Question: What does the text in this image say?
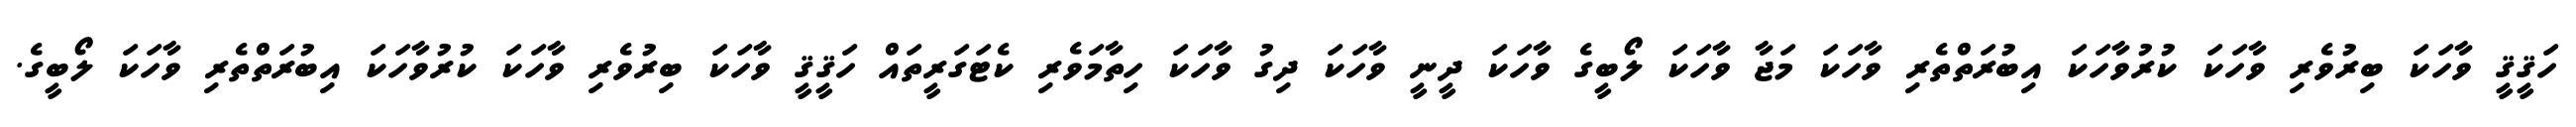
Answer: ހަޤީޤީ ވާހަކަ ބިރުވެރި ވާހަކަ ކުރުވާހަކަ އިބުރަތްތެރި ވާހަކަ މަޖާ ވާހަކަ ލޯބީގެ ވާހަކަ ދީނީ ވާހަކަ ދިގު ވާހަކަ ހިތާމަވެރި ކެޓަގަރީތައް ހަޤީޤީ ވާހަކަ ބިރުވެރި ވާހަކަ ކުރުވާހަކަ އިބުރަތްތެރި ވާހަކަ ލޯބީގެ.